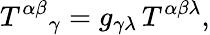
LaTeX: T^{\alpha\beta}{}_{\gamma}=g_{\gamma\lambda}\, T^{\alpha\beta\lambda},